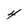
Character: 4